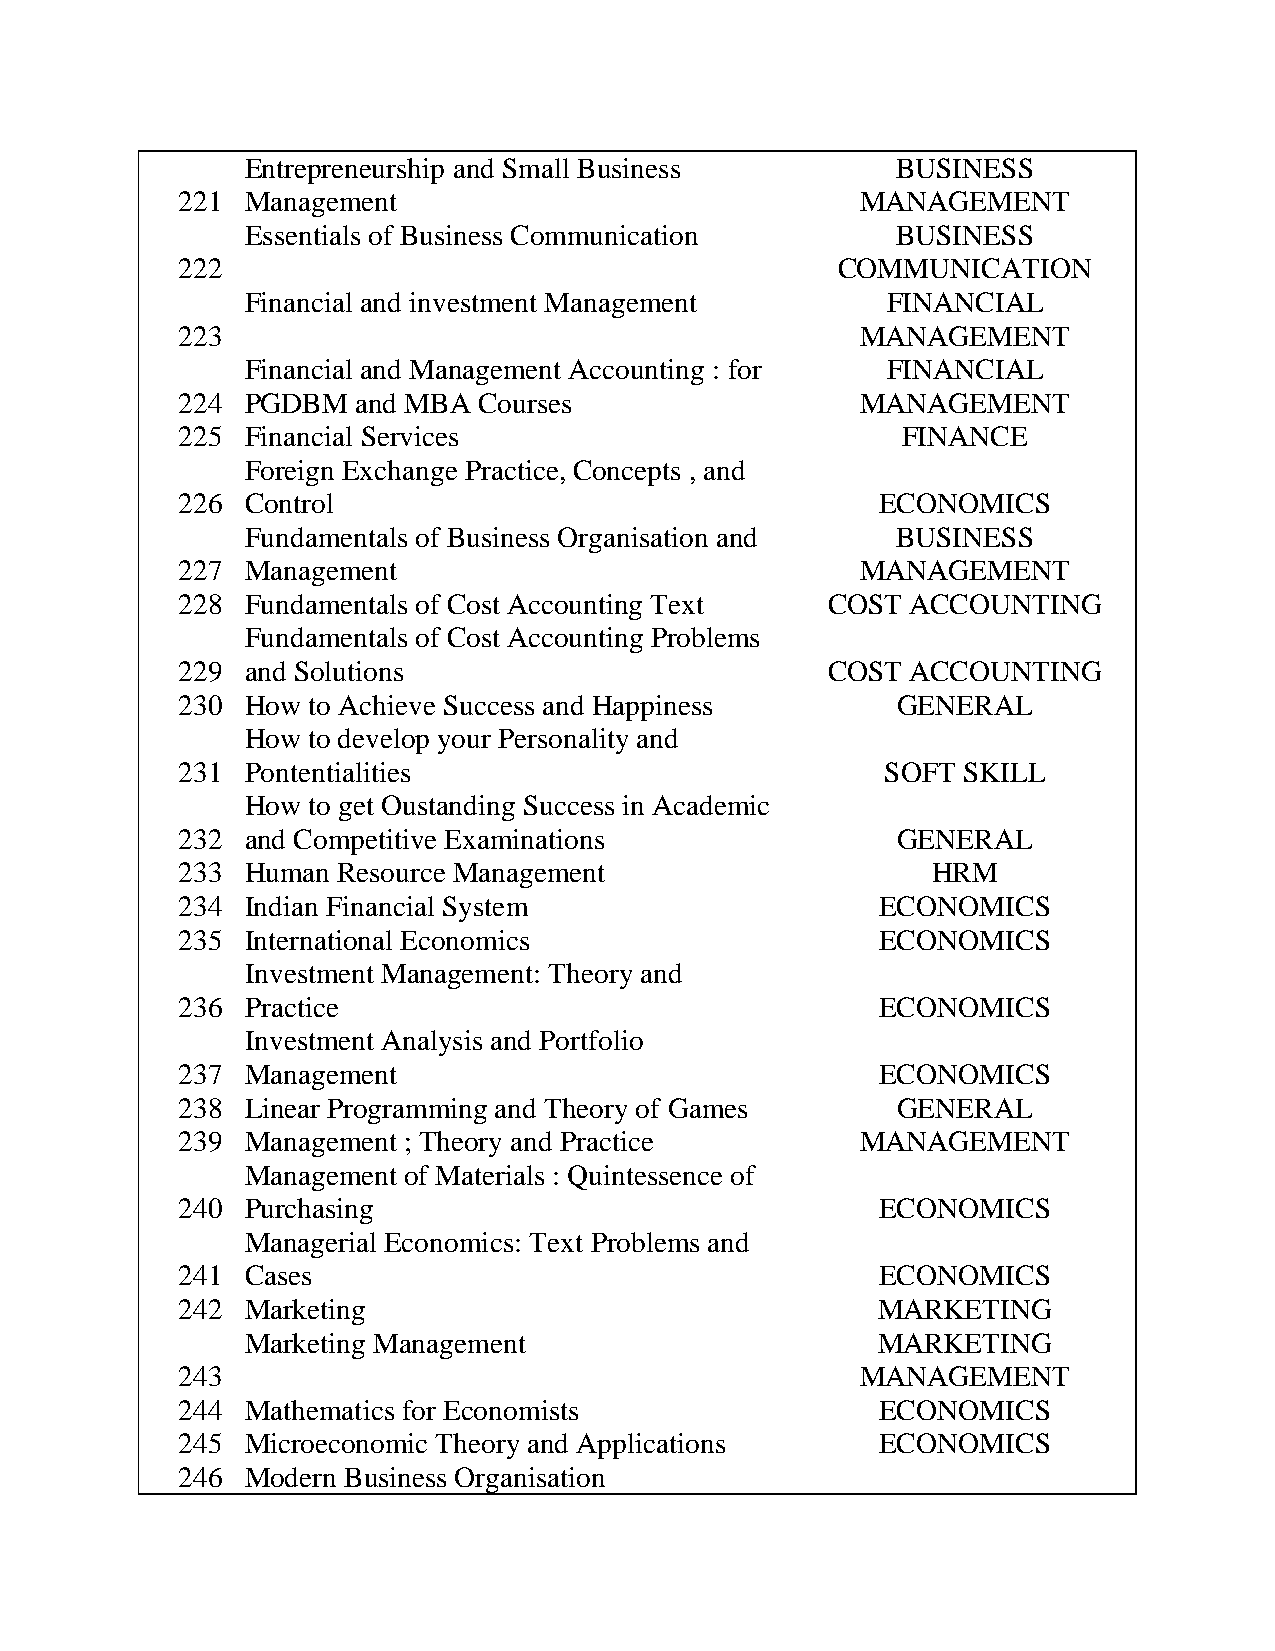
Entrepreneurship and Small Business        BUSINESS
 221 Management                               MANAGEMENT
 Essentials of Business Communication       BUSINESS
 222                                        COMMUNICATION
 Financial and investment Management        FINANCIAL
 223                                          MANAGEMENT
 Financial and Management Accounting : for  FINANCIAL
 224 PGDBM   and MBA Courses                  MANAGEMENT
 225 Financial Services                          FINANCE
 Foreign Exchange Practice, Concepts , and
 226 Control                                   ECONOMICS
 Fundamentals of Business Organisation and  BUSINESS
 227 Management                               MANAGEMENT
 228 Fundamentals of Cost Accounting Text   COST ACCOUNTING
 Fundamentals of Cost Accounting Problems
 229 and Solutions                          COST ACCOUNTING
 230 How to Achieve Success and Happiness       GENERAL
 How to develop your Personality and
 231 Pontentialities                            SOFT SKILL
 How to get Oustanding Success in Academic
 232 and Competitive Examinations               GENERAL
 233 Human Resource Management                     HRM
 234 Indian Financial System                   ECONOMICS
 235 International Economics                   ECONOMICS
 Investment Management: Theory and
 236 Practice                                  ECONOMICS
 Investment Analysis and Portfolio
 237 Management                                ECONOMICS
 238 Linear Programming and Theory of Games     GENERAL
 239 Management ; Theory and Practice         MANAGEMENT
 Management of Materials : Quintessence of
 240 Purchasing                                ECONOMICS
 Managerial Economics: Text Problems and
 241 Cases                                     ECONOMICS
 242 Marketing                                 MARKETING
 Marketing Management                      MARKETING
 243                                          MANAGEMENT
 244 Mathematics for Economists                ECONOMICS
 245 Microeconomic Theory and Applications     ECONOMICS
 246 Modern Business Organisation